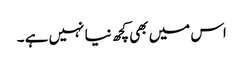
اس میں بھی کچھ نیا نہیں ہے ۔